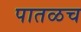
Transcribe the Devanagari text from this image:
पातळच